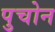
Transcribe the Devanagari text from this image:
पुचोन